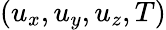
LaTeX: (u_{x},u_{y},u_{z},T)